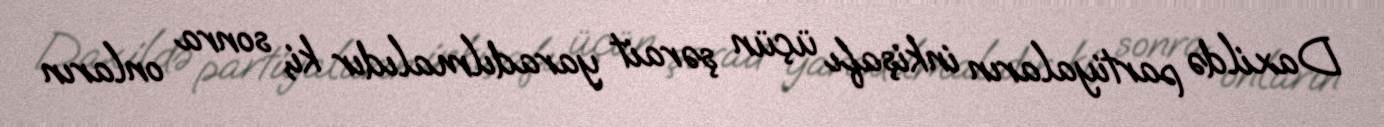
Daxildə partiyaların inkişafı üçün şərait yaradılmalıdır ki, sonra onların